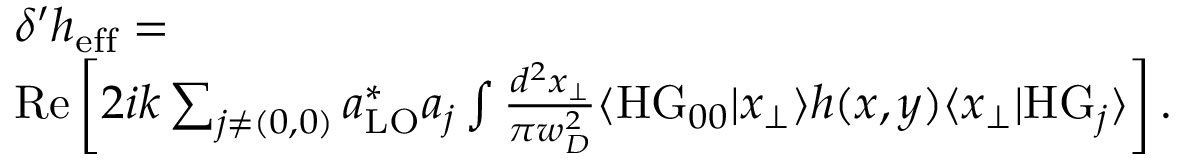
\begin{array} { r l } & { \delta ^ { \prime } h _ { \mathrm { e f f } } = } \\ & { \mathrm { R e } \left[ 2 i k \sum _ { j \neq ( 0 , 0 ) } a _ { \mathrm { L O } } ^ { * } a _ { j } \int \frac { d ^ { 2 } x _ { \perp } } { \pi w _ { D } ^ { 2 } } \langle \mathrm { H G } _ { 0 0 } | x _ { \perp } \rangle h ( x , y ) \langle x _ { \perp } | \mathrm { H G } _ { j } \rangle \right] . } \end{array}